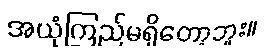
အယုံကြည်မရှိတော့ဘူး။